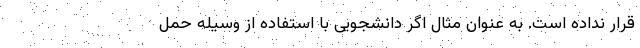
قرار نداده است. به عنوان مثال اگر دانشجویی با استفاده از وسیله حمل